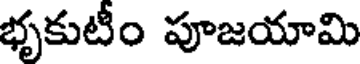
భృకుటీం పూజయామి